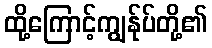
ထို့ကြောင့်ကျွန်ုပ်တို့၏